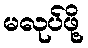
မလုပ်ဖို့